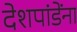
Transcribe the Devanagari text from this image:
देशपांडेंना